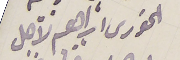
الخورى ابراهيم لاجل